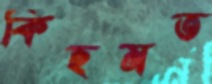
কিছমত